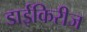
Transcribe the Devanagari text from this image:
डाईकिरीज